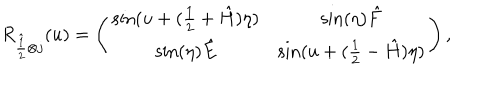
R _ { \hat { \frac 1 2 } \otimes j } ( u ) = \left( \begin{array} { c c c c } { { \sin ( u + ( \frac { 1 } { 2 } + \hat { H } ) \eta ) } } & { { \sin ( \eta ) \hat { F } } } \\ { { \sin ( \eta ) \hat { E } } } & { { \sin ( u + ( \frac { 1 } { 2 } - \hat { H } ) \eta ) } } \\ \end{array} \right) ,